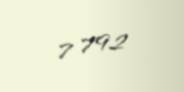
7 792